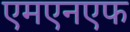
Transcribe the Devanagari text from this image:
एमएनएफ